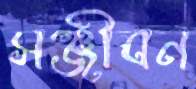
সঞ্জীবন